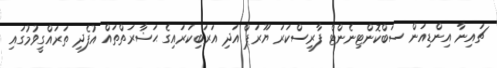
ޗައިނާ އިންޑިއަން ސަބްކޮންޓިނެންޓް ފާރިސްކަރަ ޔޫރަޕް އަދި އަރަބިކަރައިގެ ޙަޟާރަތްތައް އުފެދި ތަރައްގީވުމުގައި